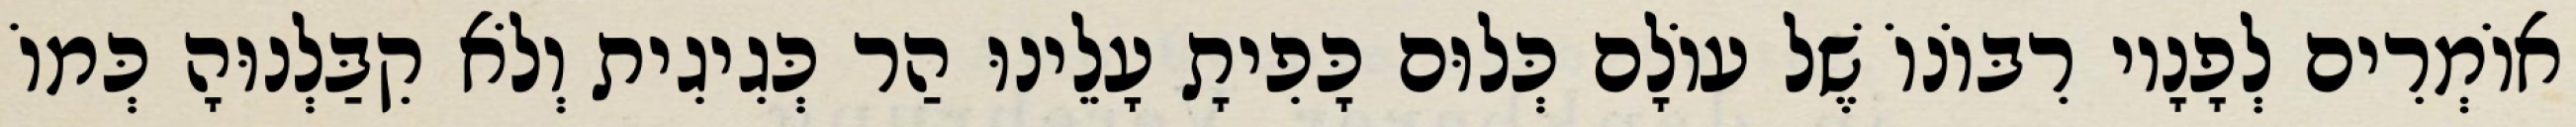
אוֹמְרִים לְפָנָיו רִבּוֹנוֹ שֶׁל עוֹלָם כְּלוּם כָּפִיתָ עָלֵינוּ הַר כְּגִיגִית וְלֹא קִבַּלְנוּהָ כְּמוֹ